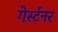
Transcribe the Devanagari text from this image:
गेर्स्टनर